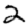
Digit: 2